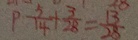
p \frac { 5 } { 1 4 } + \frac { 3 } { 2 8 } = \frac { 1 3 } { 2 8 }